Report of the Indian Hemp Drugs Commission, 1894-1895 - Volume VII
Year: 1894
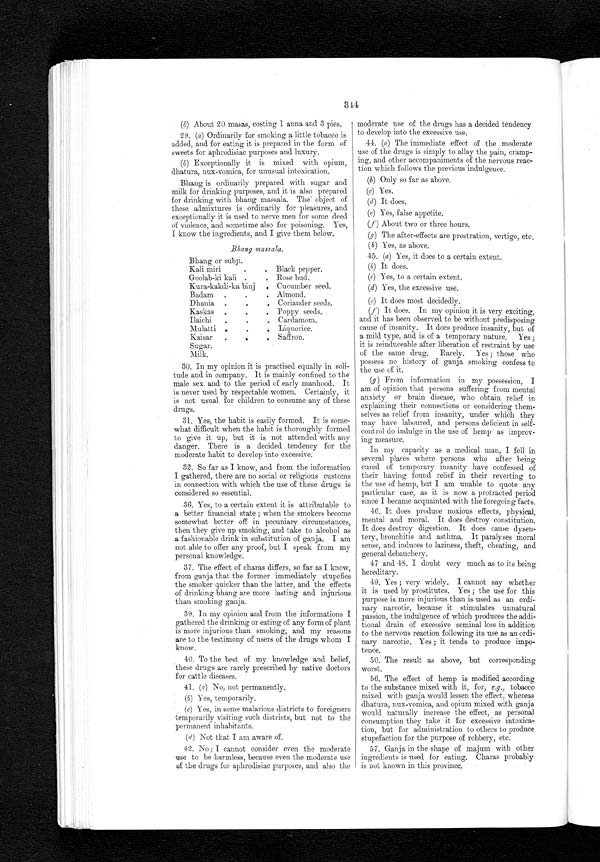
344
(b) About 20 masas, costing 1 anna and 3 pies.
29. (a) Ordinarily for smoking a little tobacco is
added, and for eating it is prepared in the form of
sweets for aphrodisiac purposes and luxury.
(b) Exceptionally it is mixed with opium,
dhatura, nux-vomica, for unusual intoxication.
Bhang is ordinarily prepared with sugar and
milk for drinking purposes, and it is also prepared
for drinking with bhang massala. The object of
these admixtures is ordinarily for pleasures, and
exceptionally it is used to nerve men for some deed
of violence, and sometime also for poisoning. Yes,
I know the ingredients, and I give them below.
Bhang massala.
Bhang or subji.
Kali miri
Black pepper.
Goolab-ki kali
. Rose bud.
Kura-kakdi-ka binj
Cucumber seed.
Badam
Almond.
.
Dhania
Coriander seeds.
.
Kaskas
. Poppy seeds.
Ilaichi. Cardamom.
Mulatti
. Liquorice.
Kaisar
..
. Saffron.
Sugar,
Milk.
30. In my opinion it is practised equally in soli
- t u d e a n d i n c o m p a n y . I t i s m a i n l y c o n f i n e d t o t h e
male sex and to the period of early manhood. It
is never used by respectable women. Certainly, it
is not usual for children to consume any of these
drugs.
31. Yes, the habit is easily formed. It is some-
what difficult when the habit is thoroughly formed
to give it up, but it is not attended with any
danger. There is a decided tendency for the
moderate habit to develop into excessive
.
32. So far as I know, and from the information
I gathered, there are no social or religious customs
in connection with which the use of these drugs is
considered so essential.
36. Yes, to a certain extent it is attributable to
a better financial state; when the smokers become
somewhat better off in pecuniary circumstances,
then they give up smoking, and take to alcohol as
a fashionable drink in substitution of ganja. I am
not able to offer any proof, but I speak from my
personal knowledge.
37. The effect of charas differs, so far as I know,
from ganja that the former immediately stupefies
the smoker quicker than the latter, and the effects
of drinking bhang are more lasting and injurious
than smoking ganja.
39. In my opinion and from the informations I
gathered the drinking or eating of any form of plant
is more injurious than smoking, and my reasons
are to the testimony of users of the drugs whom I
know.
40. To the best of my knowledge and belief,
these drugs are rarely prescribed by native doctors
for cattle diseases.
41. (a) No, not permanently.
(b) Yes, temporarily.
(c) Yes, in some malarious districts to foreigners
temporarily visiting such districts, but not to the
permanent inhabitants.
(d) Not that I am aware of.
42. No; I cannot consider even the moderate
use to be harmless, because even the moderate use
of the drugs for aphrodisiac purposes, and also the
moderate use of the drugs has a decided tendency
to develop into the excessive use.
44. (a) The immediate effect of the moderate
use of the drugs is simply to allay the pain, cramp-
ing, and other accompaniments of the nervous reac-
tion which follows the previous indulgence.
(b) Only so far as above.
(c) Yes.
(d) It does.
(e) Yes, false appetite.
(f) About two or three hours.
(g) The after-effects are prostration, vertigo, etc.
(h)
Yes, as above.
45 (a) Yes, it does to a certain extent.
(b) It does.
(c) Yes, to a certain extent.
(d) Yes, the excessive use.
(e) It does most decidedly.
(f) It does. In my opinion it is very exciting,
and it has been observed to be without predisposing
cause of insanity. It does produce insanity, but of
a mild type, and is of a temporary nature. Yes;
it is reinduceable after liberation of restraint by use
of the same drug. Rarely. Yes; those who
possess no history of ganja smoking confess to
the use of it.
(g) From information in my possession, I
am of opinion that persons suffering from mental
anxiety or brain disease, who obtain relief in
explaining their connections or considering them-
selves as relief from insanity, under which they
may have laboured, and persons deficient in self-
control do indulge in the use of hemp as improv-
ing measure.
In my capacity as a medical man, I fell in
several places where persons who after being
cured of temporary insanity have confessed of
their having found relief in their reverting to
the use of hemp, but I am unable to quote any
particular case, as it is now a protracted period
since I became acquainted with the foregoing facts.
46. It does produce noxious effects, physical,
mental and moral. It does destroy constitution.
It does destroy digestion. It does cause dysen-
tery, bronchitis and asthma. It paralyses moral
sense, and induces to laziness, theft, cheating, and
general debauchery.
47 and 48. I doubt very much as to its being
hereditary.
49. Yes; very widely. I cannot say whether
it is used by prostitutes. Yes; the use for this
purpose is more injurious than is used as an ordi-
nary narcotic, because it stimulates unnatural
passion, the indulgence of which produces the addi-
tional drain of excessive seminal loss in addition
to the nervous reaction following its use as an ordi-
nary narcotic. Yes; it tends to produce impo-
tence.
50. The result as above, but corresponding
worst.
56. The effect of hemp is modified according
to the substance mixed with it, for, e.g., tobacco
mixed with ganja would lessen the effect, whereas
dhatura, nux-vomica, and opium mixed with ganja
would naturally increase the effect, as personal
consumption they take it for excessive intoxica-
tion, but for administration to others to produce
stupefaction for the purpose of robbery, etc.
57. Ganja in the shape of majum with other
ingredients is used for eating. Charas probably
; i s n o t k n o w n i n t h i s
p r o v i n c e .